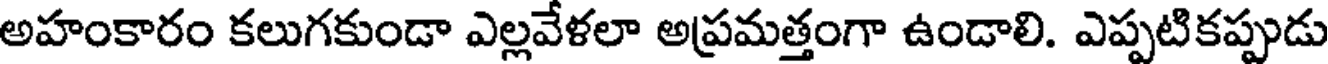
అహంకారం కలుగకుండా ఎల్లవేళలా అప్రమత్తంగా ఉండాలి. ఎప్పటికప్పుడు